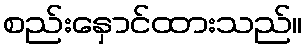
စည်းနှောင်ထားသည်။